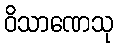
ဝိသာဏေသု